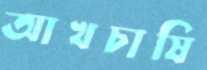
আখচাষি